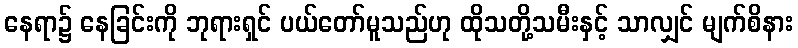
နေရာ၌ နေခြင်းကို ဘုရားရှင် ပယ်တော်မူသည်ဟု ထိုသတို့သမီးနှင့် သာလျှင် မျက်စိနား